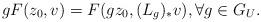
LaTeX: \begin{align*} g F(z_0,v)=F(gz_0,(L_g)_* v), \forall g\in G_U.\end{align*}